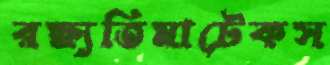
রক্ষ্যতিমাটেকস